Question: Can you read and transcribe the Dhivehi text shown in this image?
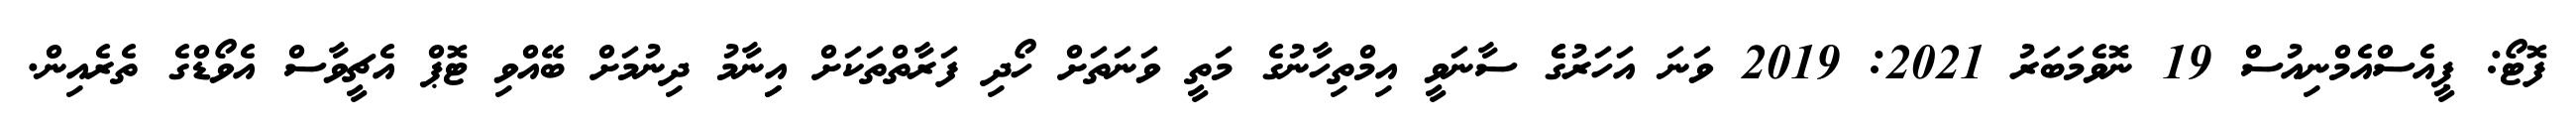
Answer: ފޮޓޯ: ޕީއެސްއެމްނިއުސް 19 ނޮވެމަބަރު 2021: 2019 ވަނަ އަހަރުގެެ ސާނަވީ އިމްތިހާނުގެ މަތީ ވަނަތަށް ހޯދި ފަރާތްތަކަށް އިިނާމު ދިނުމަށް ބޭއްވި ޓޮޕް އެޗީވާސް އެވޯޑްގެ ތެރެއިން.